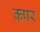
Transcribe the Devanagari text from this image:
कपर